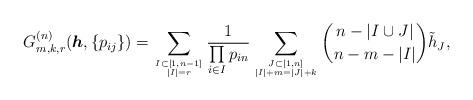
LaTeX: \begin{align*}G_{m,k,r}^{(n)}({\boldsymbol{h}},\{ p_{ij} \})=\sum_{I \subset [1,n-1] \atop |I|=r}{1 \over \prod\limits_{i \in I} p_{in} } \sum_{J \subset [1,n] \atop |I|+m=|J|+k} {n- | I \cup J | \choose n-m -|I|}{\tilde h}_{J},\end{align*}